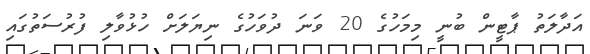
އަދާލަތު ޕާޓީން ބުނީ މިމަހުގެ 20 ވަނަ ދުވަހުގެ ނިޔަލަށް ހުޅުވާލި ފުރުސަތުގައި